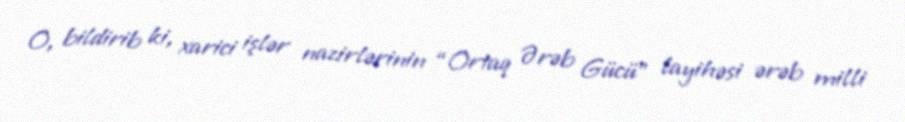
O, bildirib ki, xarici işlər nazirlərinin “Ortaq Ərəb Gücü” layihəsi ərəb milli